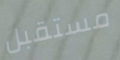
مستقبل